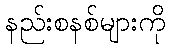
နည်းစနစ်များကို